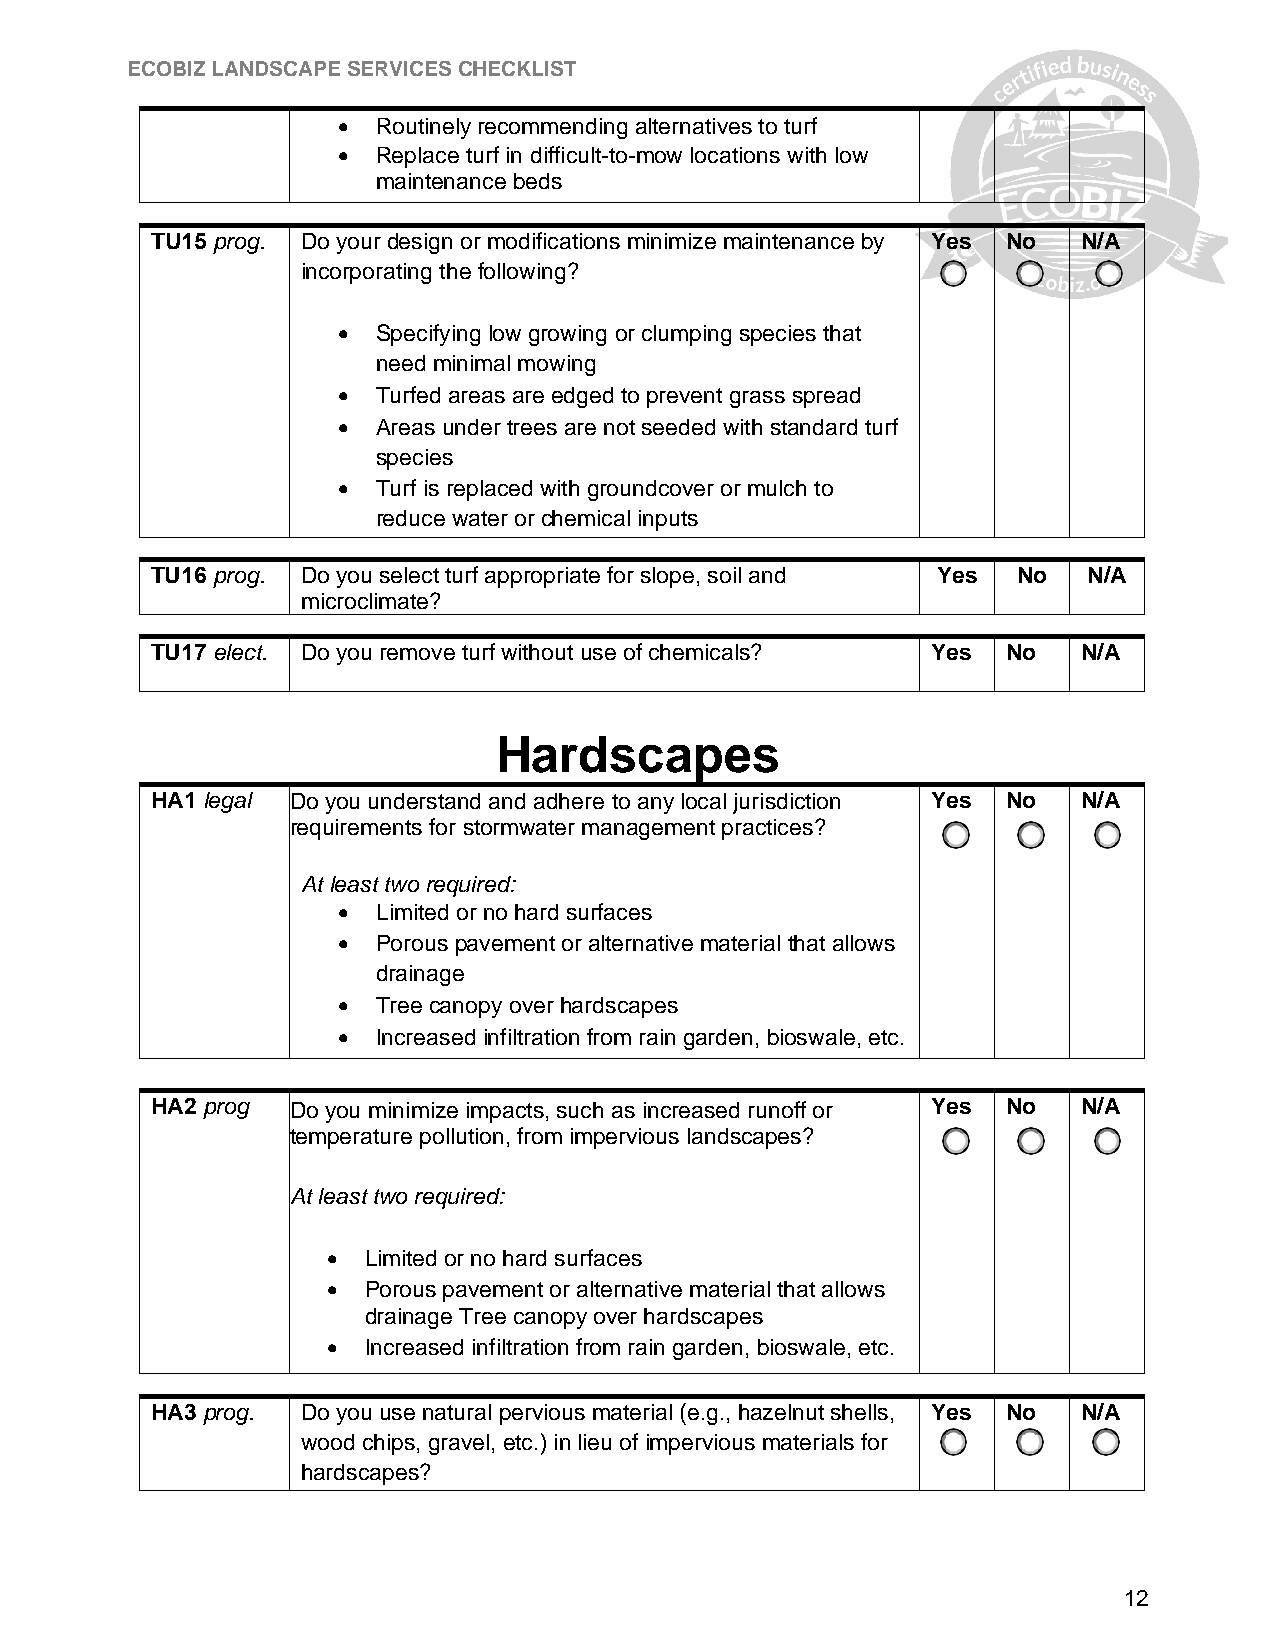
ECOBIZ LANDSCAPE SERVICES CHECKLIST
   Routinely recommending alternatives to turf
   Replace turf in difficult-to-mow locations with low
 maintenance beds
 TU15 prog. Do your design or modifications minimize maintenance by Yes No N/A
 incorporating the following?
   Specifying low growing or clumping species that
 need minimal mowing
   Turfed areas are edged to prevent grass spread
   Areas under trees are not seeded with standard turf
 species
   Turf is replaced with groundcover or mulch to
 reduce water or chemical inputs
 TU16 prog. Do you select turf appropriate for slope, soil and Yes No N/A
 microclimate?
 TU17 elect. Do you remove turf without use of chemicals? Yes No N/A
 Hardscapes
 HA1 legal Do you understand and adhere to any local jurisdiction Yes No N/A
 requirements for stormwater management practices?
 At least two required:
   Limited or no hard surfaces
   Porous pavement or alternative material that allows
 drainage
   Tree canopy over hardscapes
   Increased infiltration from rain garden, bioswale, etc.
 HA2 prog Do you minimize impacts, such as increased runoff or Yes No N/A
 temperature pollution, from impervious landscapes?
 At least two required:
  Limited or no hard surfaces
  Porous pavement or alternative material that allows
 drainage Tree canopy over hardscapes
  Increased infiltration from rain garden, bioswale, etc.
 HA3 prog. Do you use natural pervious material (e.g., hazelnut shells, Yes No N/A
 wood chips, gravel, etc.) in lieu of impervious materials for
 hardscapes?
 12